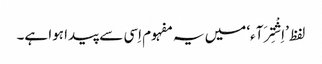
لفظ ’اِشْتِرَآء‘ میں یہ مفہوم اِسی سے پیدا ہوا ہے۔